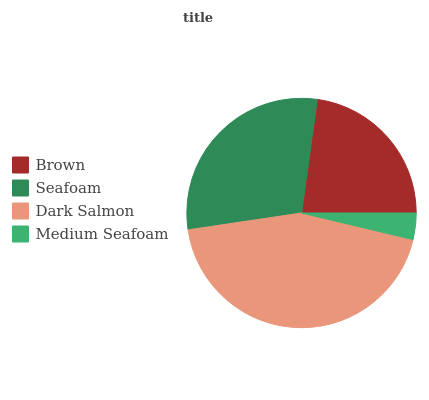
| Brown | Seafoam | Dark Salmon | Medium Seafoam |
 | --- | --- | --- | --- |
 | 22.8% | 29.6% | 43.9% | 3.72% |